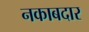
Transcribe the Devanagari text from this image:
नकाबदार